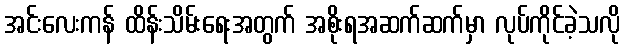
အင်းလေးကန် ထိန်းသိမ်းရေးအတွက် အစိုးရအဆက်ဆက်မှာ လုပ်ကိုင်ခဲ့သလို